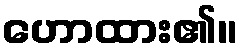
ဟောထား၏။